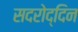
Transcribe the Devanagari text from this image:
सदरोद्दिन